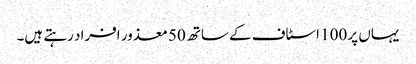
یہاں پر 100 اسٹاف کے ساتھ 50 معذور افراد رہتے ہیں۔